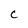
Character: C